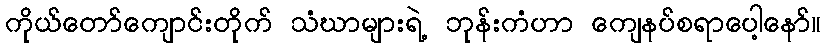
ကိုယ်တော်ကျောင်းတိုက် သံဃာများရဲ့ ဘုန်းကံဟာ ကျေနပ်စရာပေါ့နော်။